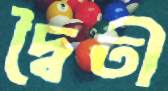
দ্বৈতী